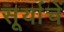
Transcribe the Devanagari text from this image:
सूर्याचें